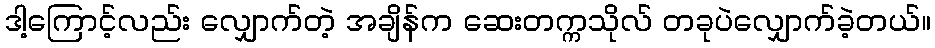
ဒါ့ကြောင့်လည်း လျှောက်တဲ့ အချိန်က ဆေးတက္ကသိုလ် တခုပဲလျှောက်ခဲ့တယ်။